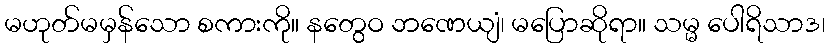
မဟုတ်မမှန်သော စကားကို။ နတွေဝ ဘဏေယျံ၊ မပြောဆိုရာ။ သမ္မ ပေါရိသာဒ၊